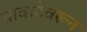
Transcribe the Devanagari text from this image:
यावाटेवरून